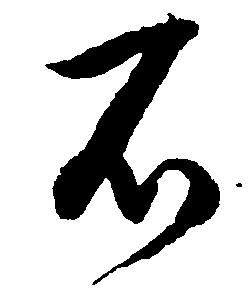
石